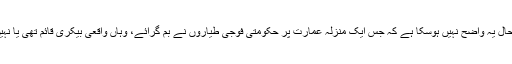
تاحال یہ واضح نہیں ہوسکا ہے کہ جس ایک منزلہ عمارت پر حکومتی فوجی طیاروں نے بم گرائے، وہاں واقعی بیکری قائم تھی یا نہیں۔